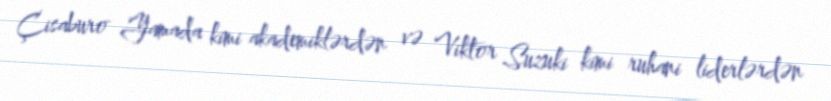
Çisaburo Yamada kimi akademiklərdən və Viktor Suzuki kimi ruhani liderlərdən